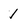
Character: 1